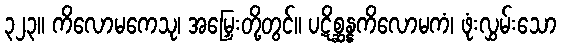
၃၂၃။ ကိလောမကေသု၊ အမြှေးတို့တွင်။ ပဋိစ္ဆန္နကိလောမကံ၊ ဖုံးလွှမ်းသော